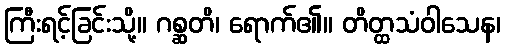
ကြီးရင့်ခြင်းသို့။ ဂစ္ဆတိ၊ ရောက်၏။ တိတ္ထသံဝါသေန၊